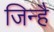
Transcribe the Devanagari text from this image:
जिन्है